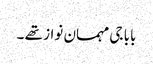
بابا جی مہمان نواز تھے ۔